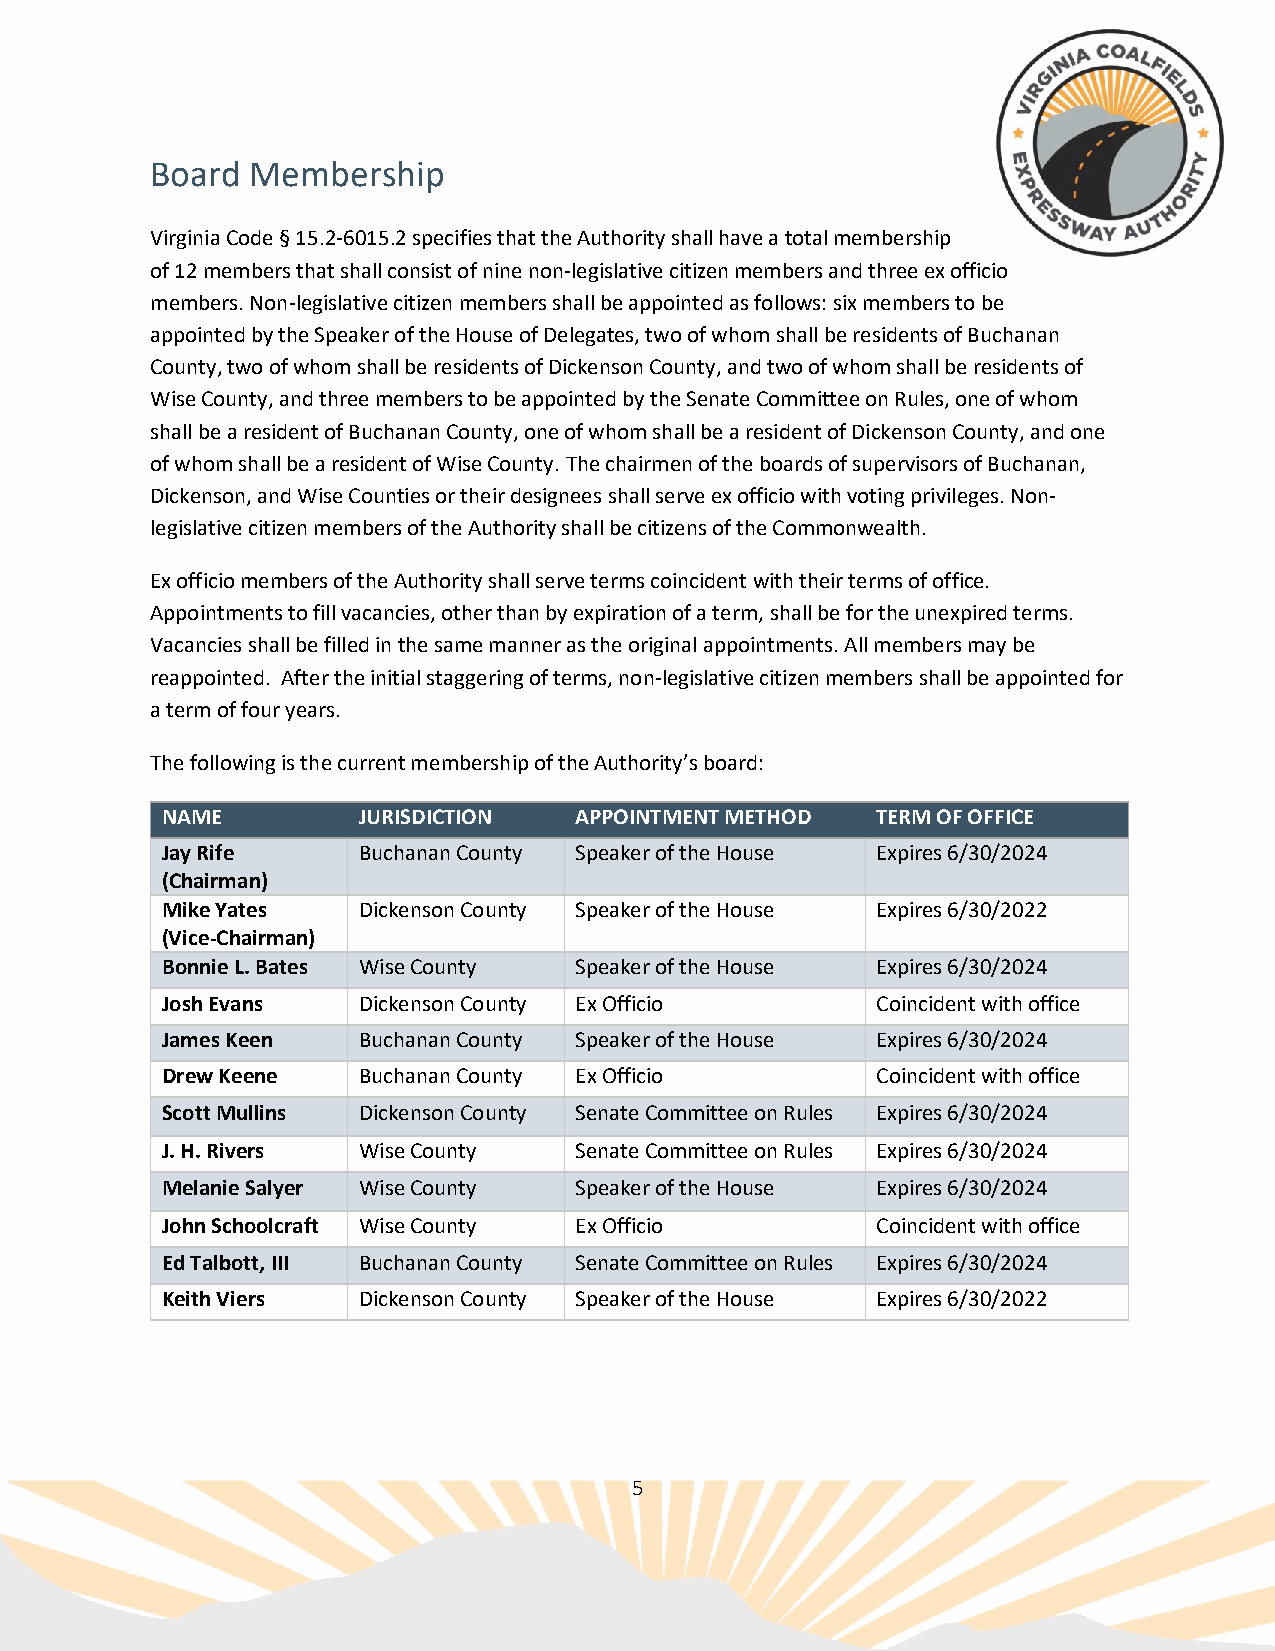
Board  Membership
 Virginia Code § 15.2-6015.2 specifies that the Authority shall have a total membership
 of 12 members that shall consist of nine non-legislative citizen members and three ex officio
 members. Non-legislative citizen members shall be appointed as follows: six members to be
 appointed by the Speaker of the House of Delegates, two of whom shall be residents of Buchanan
 County, two of whom shall be residents of Dickenson County, and two of whom shall be residents of
 Wise County, and three members to be appointed by the Senate Committee on Rules, one of whom
 shall be a resident of Buchanan County, one of whom shall be a resident of Dickenson County, and one
 of whom shall be a resident of Wise County. The chairmen of the boards of supervisors of Buchanan,
 Dickenson, and Wise Counties or their designees shall serve ex officio with voting privileges. Non-
 legislative citizen members of the Authority shall be citizens of the Commonwealth.
 Ex officio members of the Authority shall serve terms coincident with their terms of office.
 Appointments to fill vacancies, other than by expiration of a term, shall be for the unexpired terms.
 Vacancies shall be filled in the same manner as the original appointments. All members may be
 reappointed. After the initial staggering of terms, non-legislative citizen members shall be appointed for
 a term of four years.
 The following is the current membership of the Authority’s board:
 NAME         JURISDICTION  APPOINTMENT METHOD  TERM OF OFFICE
 Jay Rife     Buchanan County Speaker of the House Expires 6/30/2024
 (Chairman)
 Mike Yates   Dickenson County Speaker of the House Expires 6/30/2022
 (Vice-Chairman)
 Bonnie L. Bates Wise County Speaker of the House Expires 6/30/2024
 Josh Evans   Dickenson County Ex Officio       Coincident with office
 James Keen   Buchanan County Speaker of the House Expires 6/30/2024
 Drew Keene   Buchanan County Ex Officio        Coincident with office
 Scott Mullins Dickenson County Senate Committee on Rules Expires 6/30/2024
 J. H. Rivers Wise County   Senate Committee on Rules Expires 6/30/2024
 Melanie Salyer Wise County Speaker of the House Expires 6/30/2024
 John Schoolcraft Wise County Ex Officio        Coincident with office
 Ed Talbott, III Buchanan County Senate Committee on Rules Expires 6/30/2024
 Keith Viers  Dickenson County Speaker of the House Expires 6/30/2022
 5